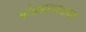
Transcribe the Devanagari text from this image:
बांधकामाबाबत